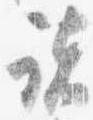
諸